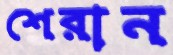
শেরান